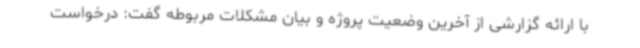
با ارائه گزارشی از آخرین وضعیت پروژه و بیان مشکلات مربوطه گفت: درخواست